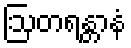
ဩတရန္တာနံ